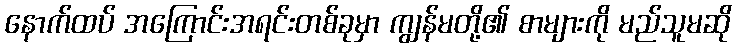
နောက်ထပ် အကြောင်းအရင်းတစ်ခုမှာ ကျွန်မတို့၏ စာများကို မည်သူမဆို